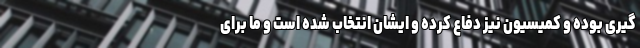
گیری بوده و کمیسیون نیز دفاع کرده و ایشان انتخاب شده است و ما برای